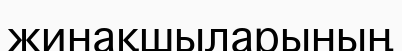
жинақшыларының